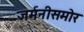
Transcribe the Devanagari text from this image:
जर्मनीसमोर